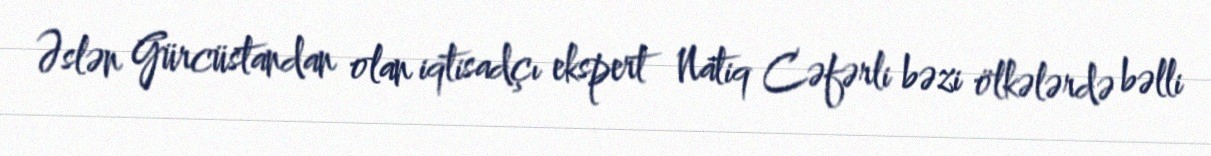
Əslən Gürcüstandan olan iqtisadçı ekspert Natiq Cəfərli bəzi ölkələrdə bəlli